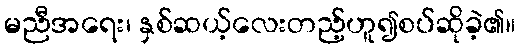
မညီအရေး၊ နှစ်ဆယ့်လေးတည့်ဟူ၍စပ်ဆိုခဲ့၏။